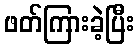
ဖတ်ကြားခဲ့ပြီး